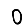
Digit: 0